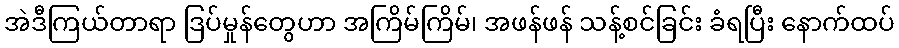
အဲဒီကြယ်တာရာ ဒြပ်မှုန်တွေဟာ အကြိမ်ကြိမ်၊ အဖန်ဖန် သန့်စင်ခြင်း ခံရပြီး နောက်ထပ်